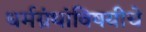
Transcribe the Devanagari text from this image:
धर्मग्रंथांविषयीचे